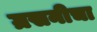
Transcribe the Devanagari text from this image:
ग्रसनीचा